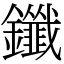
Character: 鑯